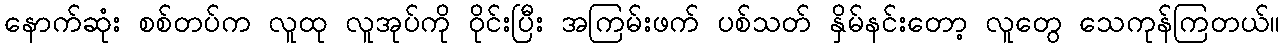
နောက်ဆုံး စစ်တပ်က လူထု လူအုပ်ကို ဝိုင်းပြီး အကြမ်းဖက် ပစ်သတ် နှိမ်နင်းတော့ လူတွေ သေကုန်ကြတယ်။